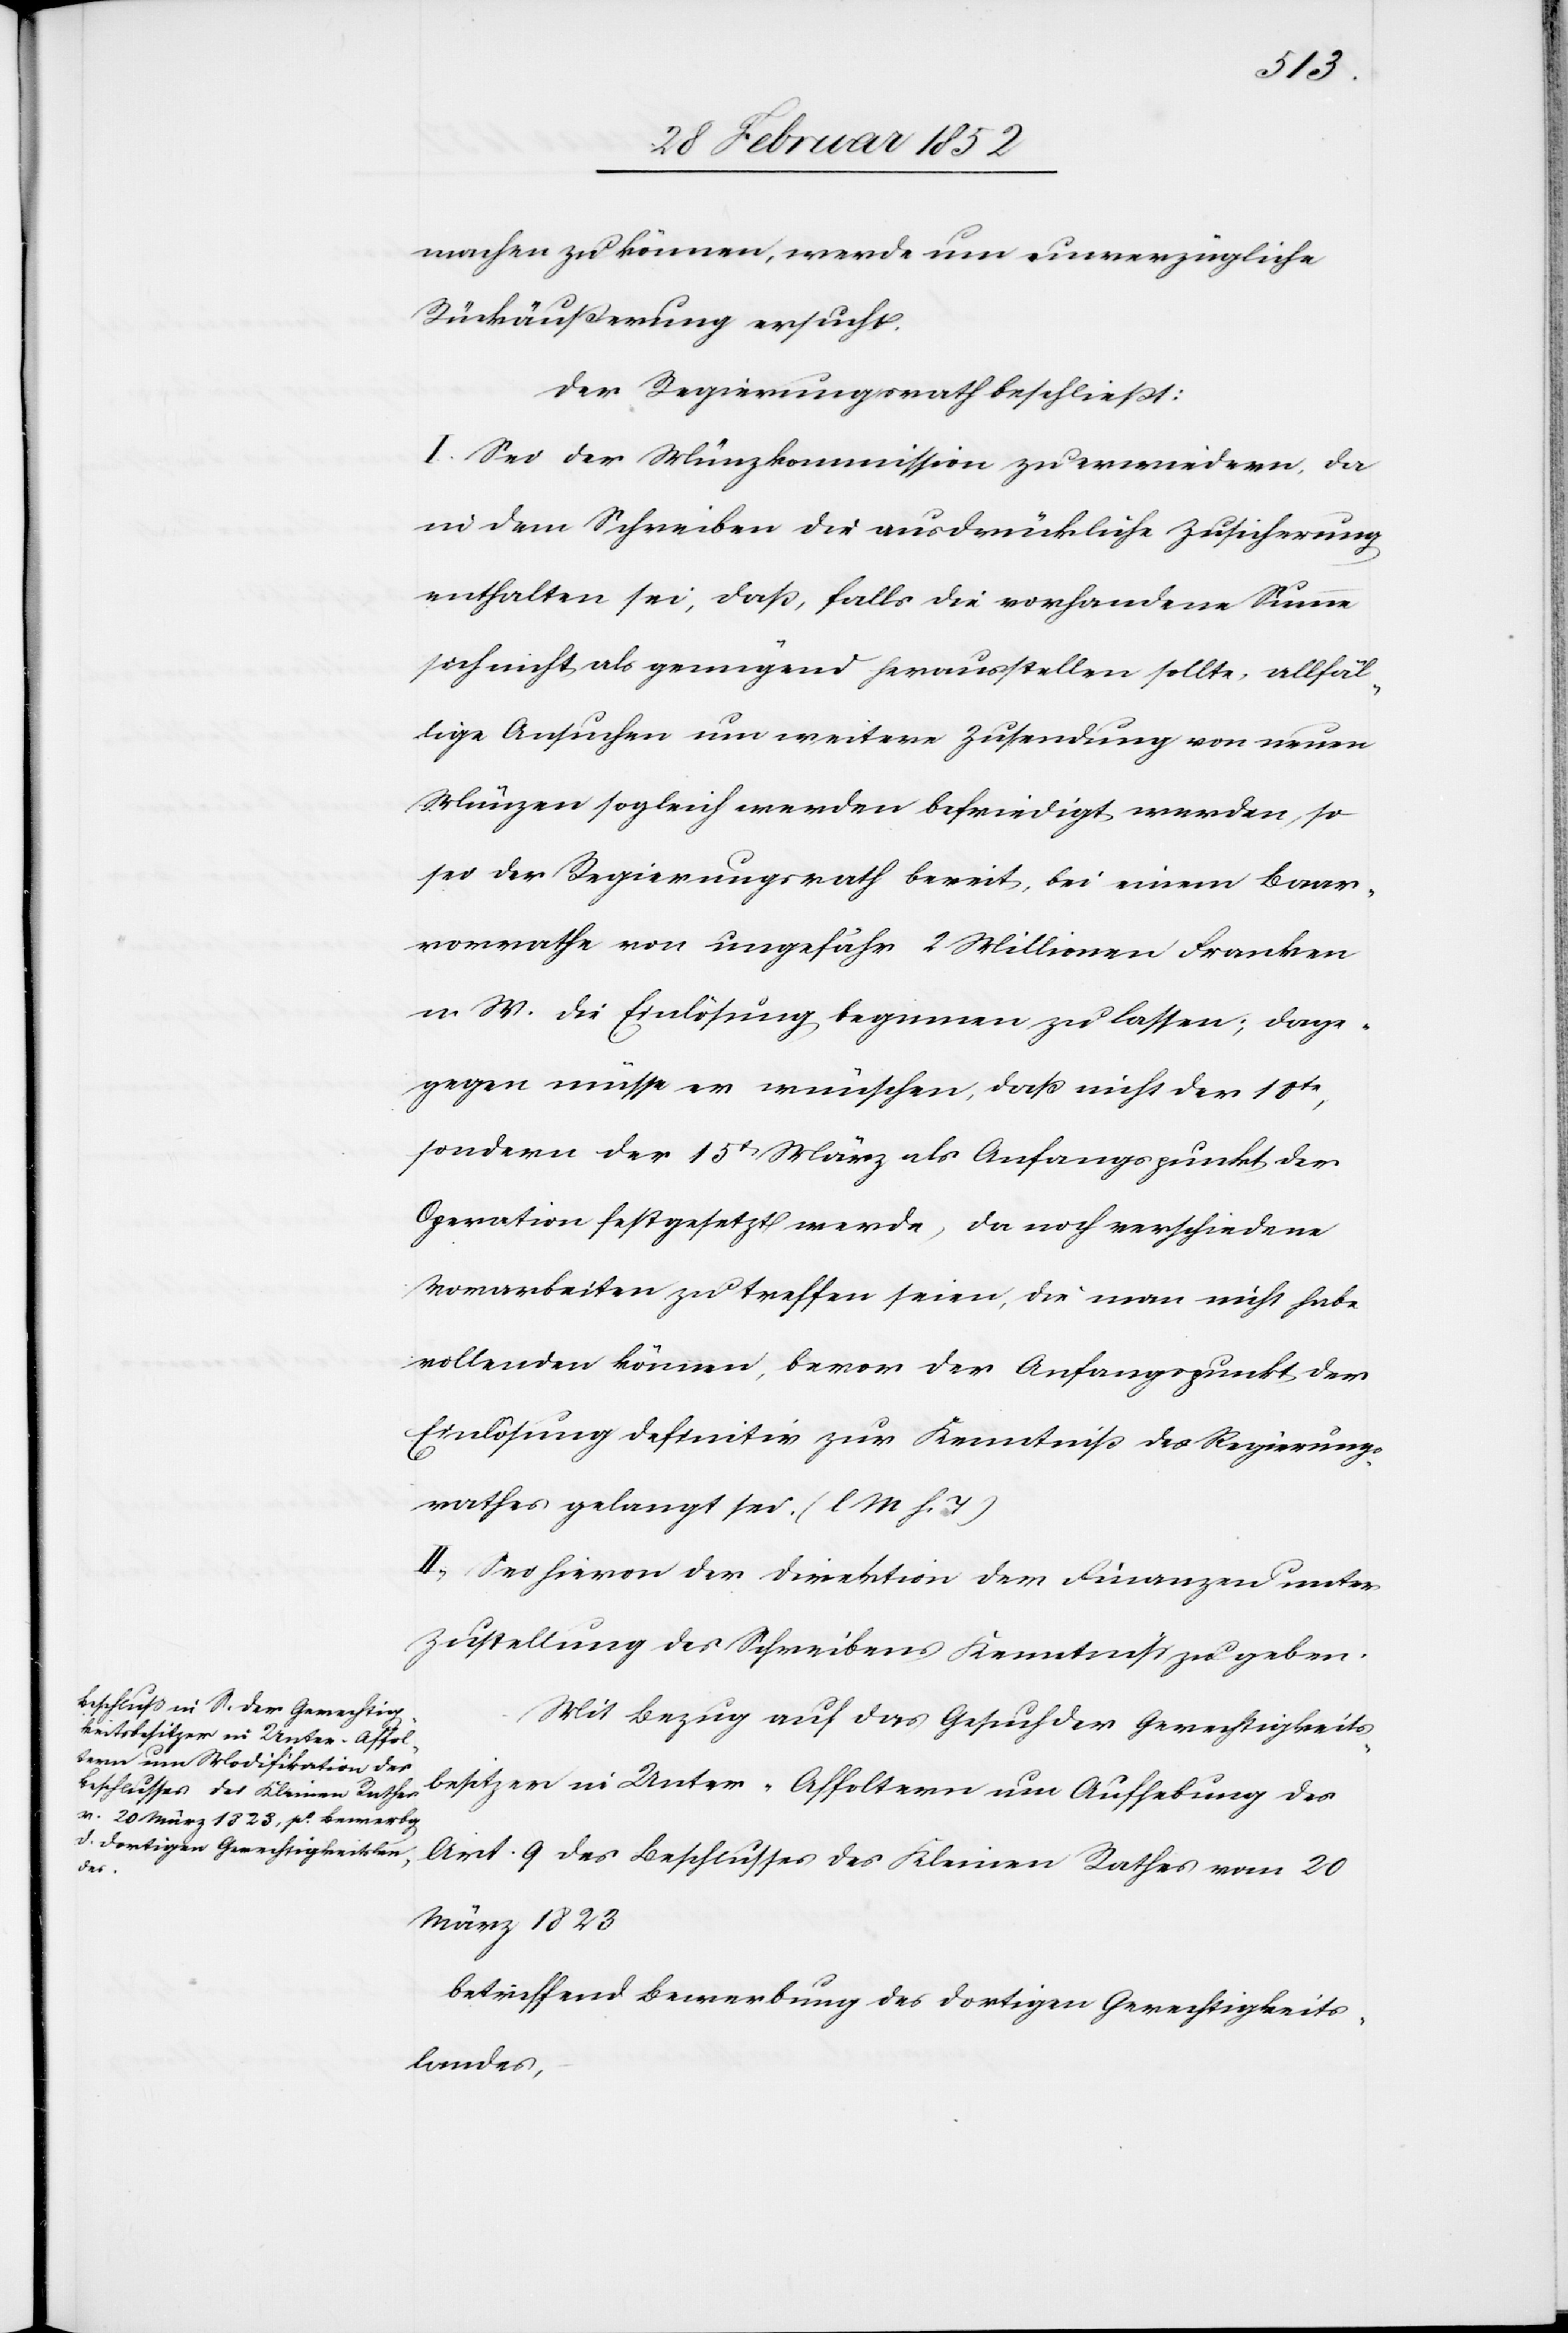
machen zu können, werde um unverzügliche
Rückäußerung ersucht.
Der Regierungsrath beschließt:
I. Sei der Münzkommission zu erwiedern, da
in dem Schreiben die ausdrückliche Zusicherung
enthalten sei, daß, falls die vorhandene Summe
sich nicht als genügend herausstellen sollte, allfäl¬
lige Ansuchen um weitere Zusendung von neuen
Münzen sogleich werden befriedigt werden, so
sei der Regierungsrath bereit, bei einem Baar¬
vorrathe von ungefähr 2 Millionen Franken
n. W. die Einlösung beginnen zu lassen; da¬
gegen müsse er wünschen, daß nicht der 10te
sondern der 15te März als Anfangspunkt der
Operation festgesetzt werde, da noch verschiedene
Vorarbeiten zu treffen seien, die man nicht habe
vollenden können, bevor der Anfangspunkt der
Einlösung definitiv zur Kenntniß des Regierungs¬
rathes gelangt sei. (l. M. h. T)
II. Sei hievon der Direktion der Finanzen unter
Zustellung des Schreibens Kenntniß zu geben.
Mit Bezug auf das Gesuch der Gerechtigkeits¬
besitzer in Unter-Affoltern um Aufhebung des
Art 9 des Beschlußes des Kleinen Rathes vom 20
März 1823
betreffend Bewerbung des dortigen Gerechtigkeits¬
landes,